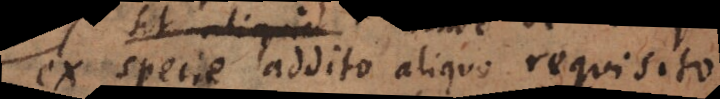
ex specie addito aliquo requisito